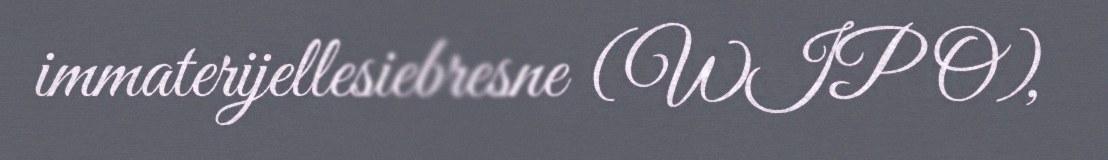
immaterijellesiebresne (WIPO),